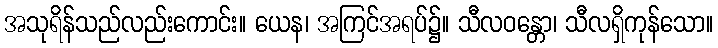
အသုရိန်သည်လည်းကောင်း။ ယေန၊ အကြင်အရပ်၌။ သီလဝန္တော၊ သီလရှိကုန်သော။